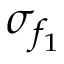
\sigma _ { f _ { 1 } }